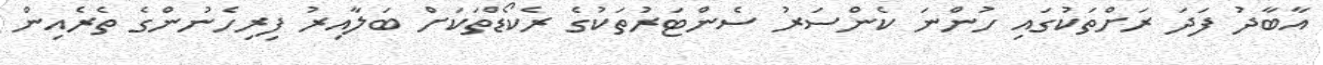
އާބާދު ފަދަ ރަށްތަކުގައި ހުންނަ ކެންސަރު ސެންޓަރުތަކުގެ ރެކޯޑްތަކަށް ބަލާއިރު ފިރިހެނުންގެ ތެރެއިން